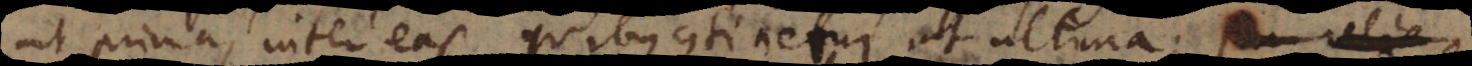
ut prima, inter eas quibus continetur ut ultima; e